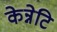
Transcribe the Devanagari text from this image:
केन्नेटि